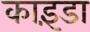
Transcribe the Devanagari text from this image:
काइंडा